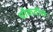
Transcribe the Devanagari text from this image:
चौकटीचे